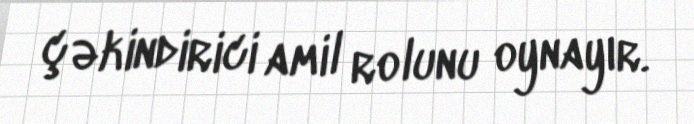
çəkindirici amil rolunu oynayır.